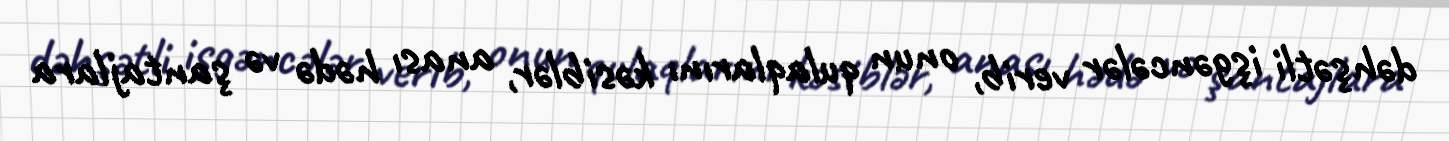
dəhşətli işgəncələr verib, onun qulaqlarını kəsiblər, anası hədə və şantajlara